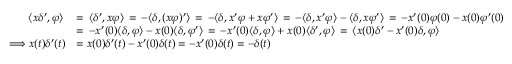
{ \begin{array} { r l } { \langle x \delta ^ { \prime } , \varphi \rangle \, } & { = \, \langle \delta ^ { \prime } , x \varphi \rangle \, = \, - \langle \delta , ( x \varphi ) ^ { \prime } \rangle \, = \, - \langle \delta , x ^ { \prime } \varphi + x \varphi ^ { \prime } \rangle \, = \, - \langle \delta , x ^ { \prime } \varphi \rangle - \langle \delta , x \varphi ^ { \prime } \rangle \, = \, - x ^ { \prime } ( 0 ) \varphi ( 0 ) - x ( 0 ) \varphi ^ { \prime } ( 0 ) } \\ & { = \, - x ^ { \prime } ( 0 ) \langle \delta , \varphi \rangle - x ( 0 ) \langle \delta , \varphi ^ { \prime } \rangle \, = \, - x ^ { \prime } ( 0 ) \langle \delta , \varphi \rangle + x ( 0 ) \langle \delta ^ { \prime } , \varphi \rangle \, = \, \langle x ( 0 ) \delta ^ { \prime } - x ^ { \prime } ( 0 ) \delta , \varphi \rangle } \\ { \Longrightarrow x ( t ) \delta ^ { \prime } ( t ) } & { = x ( 0 ) \delta ^ { \prime } ( t ) - x ^ { \prime } ( 0 ) \delta ( t ) = - x ^ { \prime } ( 0 ) \delta ( t ) = - \delta ( t ) } \end{array} }